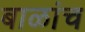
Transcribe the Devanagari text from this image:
बाळांच